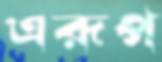
এরূপ